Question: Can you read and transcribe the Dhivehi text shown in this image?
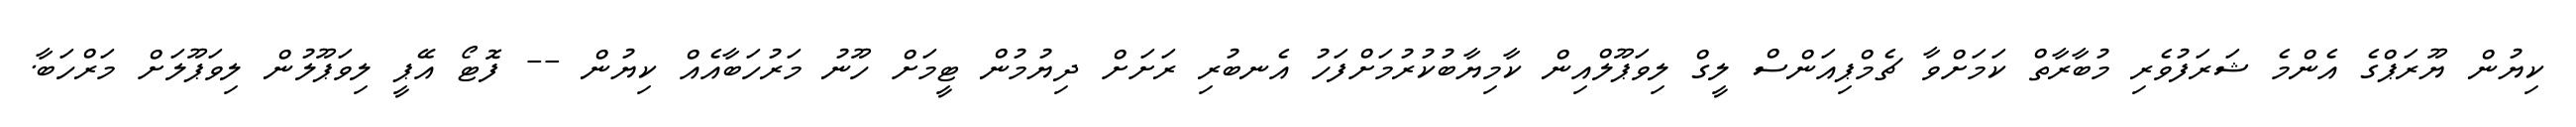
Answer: ކިޔުން ޔޫރަޕްގެ އެންމެ ޝަރަފުވެރި މުބާރާތް ކަމަށްވާ ޗެމްޕިއަންސް ލީގް ލިވަޕޫލްއިން ކާމިޔާބުކުރުމަށްފަހު އެނބުރި ރަށަށް ދިޔުމުން ޓީމަށް ހޫނު މަރުހަބާއެއް ކިޔުން -- ފޮޓޯ އޭޕީ ލިވަޕޫލުން ލިވަޕޫލަށް މަރްހަބާ.